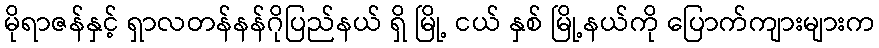
မိုရာဇန်နှင့် ရှာလတန်နန်ဂိုပြည်နယ် ရှိ မြို့ ငယ် နှစ် မြို့နယ်ကို ပြောက်ကျားများက